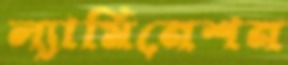
ল্যামিনেশন